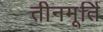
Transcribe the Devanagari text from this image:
तीनमूर्ति